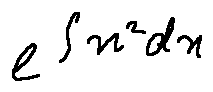
e ^ { \int x ^ { 2 } d x }